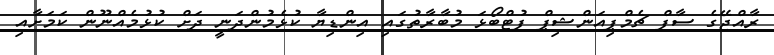
ރާއްޖޭގެ ސާފް ޗެމްޕިއަންޝިޕް ފުޓްބޯޅަ މުބާރާތުގައި އިންޑިޔާ ކުޅެމުންދަނީ ދަށް ކުޅުމެއްނޫން ކަމަށާއި